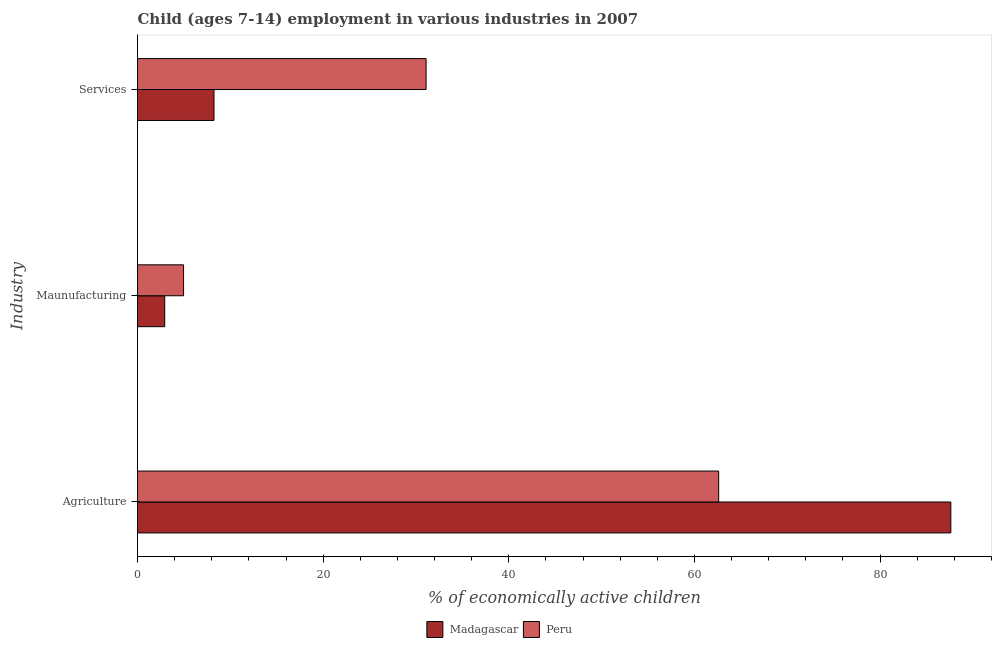
| Industry | Madagascar | Peru |
 | --- | --- | --- |
 | Agriculture | 87.6 | 62.6 |
 | Maunufacturing | 2.93 | 4.96 |
 | Services | 8.24 | 31.1 |